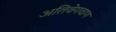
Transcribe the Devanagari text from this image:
अतिवेगवाण